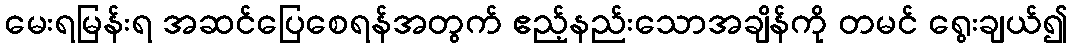
မေးရမြန်းရ အဆင်ပြေစေရန်အတွက် ဧည့်နည်းသောအချိန်ကို တမင် ရွေးချယ်၍